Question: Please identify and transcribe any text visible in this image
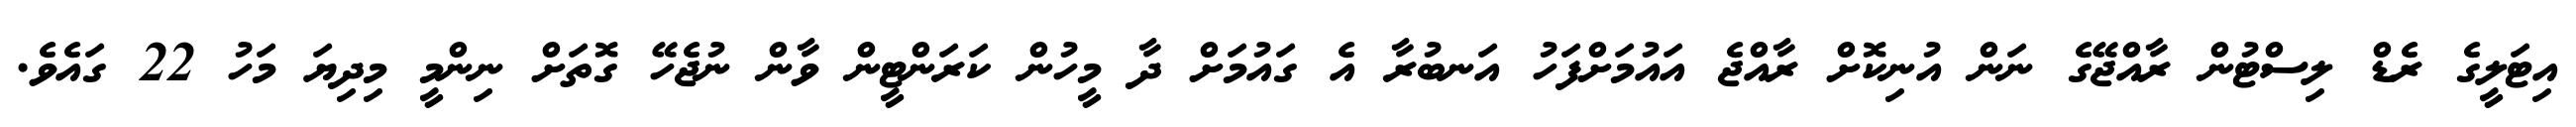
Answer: އިޓަލީގެ ރެޑް ލިސްޓުން ރާއްޖޭގެ ނަން އުނިކޮށް ރާއްޖެ އައުމަށްފަހު އަނބުރާ އެ ގައުމަށް ދާ މީހުން ކަރަންޓީން ވާން ނުޖެހޭ ގޮތަށް ނިންމީ މިދިޔަ މަހު 22 ގައެވެ.